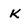
Character: K